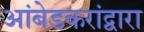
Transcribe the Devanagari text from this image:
आंबेडकरांद्वारा